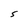
Character: S